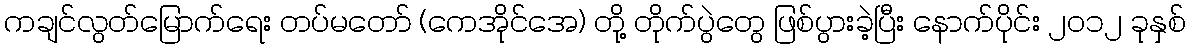
ကချင်လွတ်မြောက်ရေး တပ်မတော် (ကေအိုင်အေ) တို့ တိုက်ပွဲတွေ ဖြစ်ပွားခဲ့ပြီး နောက်ပိုင်း ၂၀၁၂ ခုနှစ်